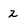
Character: 2